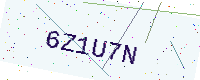
Text: 6Z1U7N